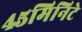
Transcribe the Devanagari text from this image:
४५मिनिटे